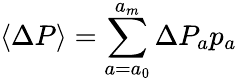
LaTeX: \langle\Delta P\rangle=\sum_{a=a_{0}}^{a_{m}}\Delta P_{a}p_{a}